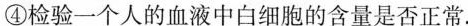
④检验一个人的血液中白细胞的含量是否正常.